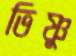
ভিষ্ণু